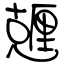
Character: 兣